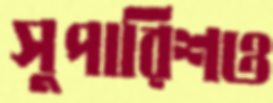
সুপারিশও